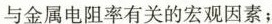
与金属电阻率有关的宏观因素；